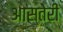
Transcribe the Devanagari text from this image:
आस्तेरी